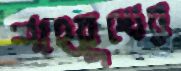
শাহ্রুখের